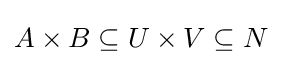
A\times B\subseteq U\times V\subseteq N